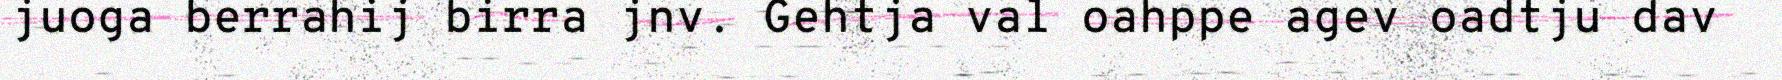
juoga berrahij birra jnv. Gehtja val oahppe agev oadtju dav